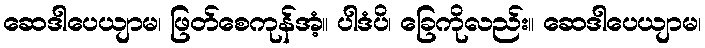
ဆေဒါပေယျာမ၊ ဖြတ်စေကုန်အံ့။ ပါဒံပိ၊ ခြေကိုလည်း။ ဆေဒါပေယျာမ၊